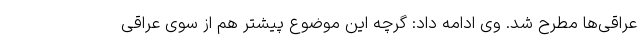
عراقی‌ها مطرح شد. وی ادامه داد: گرچه این موضوع پیشتر هم از سوی عراقی